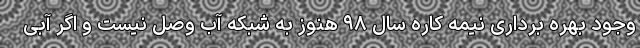
وجود بهره برداری نیمه کاره سال ۹۸ هنوز به شبکه آب وصل نیست و اگر آبی